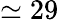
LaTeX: \simeq 29